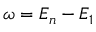
\omega = E _ { n } - E _ { 1 }